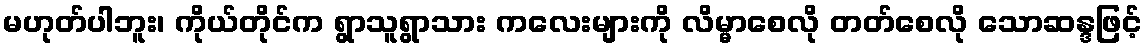
မဟုတ်ပါဘူး၊ ကိုယ်တိုင်က ရွာသူရွာသား ကလေးများကို လိမ္မာစေလို တတ်စေလို သောဆန္ဒဖြင့်